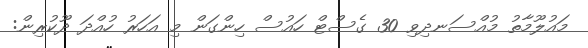
މައުލޫމާތު މުއްސަނދިވި 30 ގެސްޓް ހައުސް ހިންގަން މި އަހަރު ހުއްދަ ދޫކުރިން: